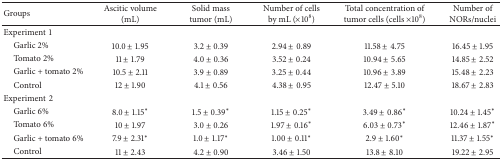
<table><thead><tr><td><b>Groups</b></td><td><b>Ascitic volume (mL)</b></td><td><b>Solid mass tumor (mL)</b></td><td><b>Number of cells by mL (×10<sup>8</sup>)</b></td><td><b>Total concentration of tumor cells (cells ×10<sup>8</sup>)</b></td><td><b>Number of NORs/nuclei</b></td></tr></thead><tbody><tr><td>Experiment1</td><td> </td><td> </td><td> </td><td> </td><td> </td></tr><tr><td> Garlic 2%</td><td>10.0 ± 1.95</td><td>3.2 ± 0.39</td><td>2.94 ± 0.89</td><td>11.58 ± 4.75</td><td>16.45 ± 1.95</td></tr><tr><td> Tomato 2%</td><td>11 ± 1.79</td><td>4.0 ± 0.36</td><td>3.52 ± 0.24</td><td>10.94 ± 5.65</td><td>14.85 ± 2.52</td></tr><tr><td> Garlic + tomato 2%</td><td>10.5 ± 2.11</td><td>3.9 ± 0.89</td><td>3.25 ± 0.44</td><td>10.96 ± 3.89</td><td>15.48 ± 2.23</td></tr><tr><td> Control</td><td>12 ± 1.90</td><td>4.1 ± 0.56</td><td>4.38 ± 0.95</td><td>12.47 ± 5.10</td><td>18.67 ± 2.83</td></tr><tr><td>Experiment2</td><td> </td><td> </td><td> </td><td> </td><td> </td></tr><tr><td> Garlic 6%</td><td>8.0 ± 1.15∗</td><td>1.5 ± 0.39∗</td><td>1.15 ± 0.25∗</td><td>3.49 ± 0.86∗</td><td>10.24 ± 1.45∗</td></tr><tr><td> Tomato 6%</td><td>10 ± 1.97</td><td>3.0 ± 0.26</td><td>1.97 ± 0.16∗</td><td>6.03 ± 0.73∗</td><td>12.46 ± 1.87∗</td></tr><tr><td> Garlic + tomato 6%</td><td>7.9 ± 2.31∗</td><td>1.0 ± 1.17∗</td><td>1.00 ± 0.11∗</td><td>2.9 ± 1.60∗</td><td>11.37 ± 1.55∗</td></tr><tr><td> Control</td><td>11 ± 2.43</td><td>4.2 ± 0.90</td><td>3.46 ± 1.50</td><td>13.8 ± 8.10</td><td>19.22 ± 2.95</td></tr></tbody></table>